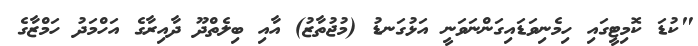
"ކުޑަ ކޮމިޓީގައި ހިމެނިވަޑައިގަންނަވަނީ އަޅުގަނޑު (މުޖުތާޒު) އާއި ބިލެތްދޫ ދާއިރާގެ އަހްމަދު ހަމްޒާގެ